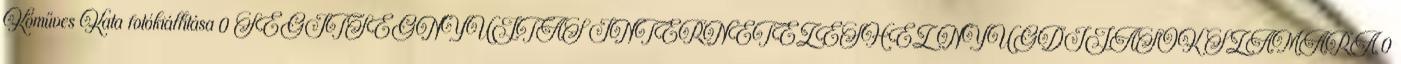
Kőműves Kata fotókiállítása 0 SEGÍTSÉGNYÚJTÁS INTERNETEZÉSHEZ NYUGDÍJASOK SZÁMÁRA 0